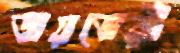
জয়ভেরী